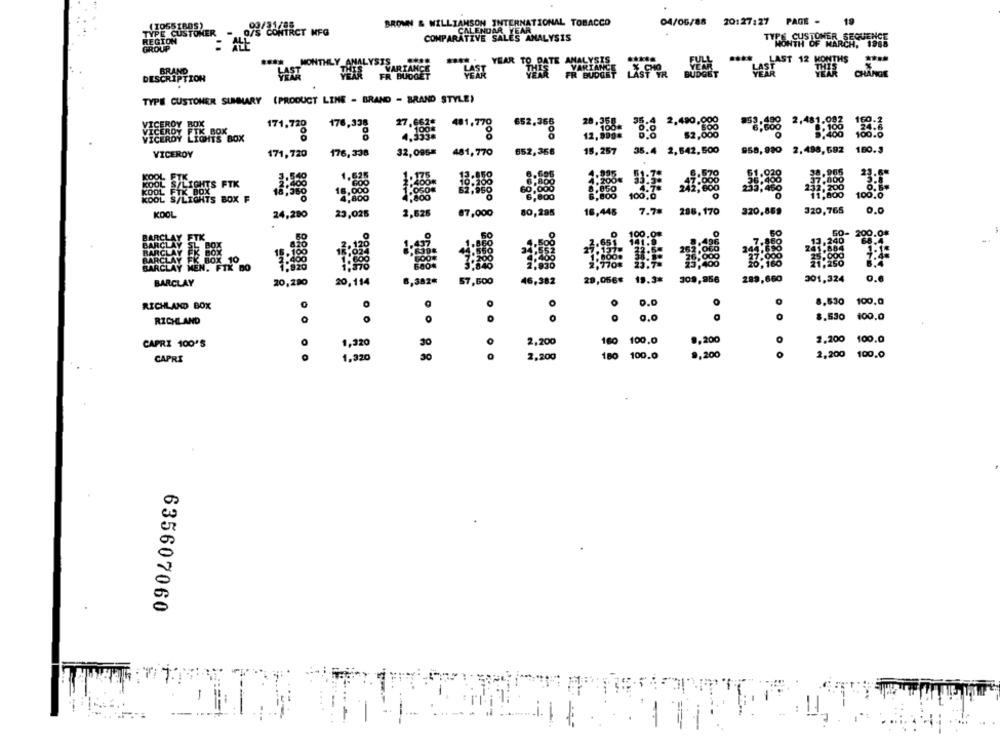
04/06/88 20:27:27
PAGE -
19
BROWN & WILLIAMSON INTERNATIONAL TOBACCO
CALENDAR YEAR
CUSTOMER
S COMTRET MFG
COMPARATIVE SALES ANALYSIS
TYPE CUSTOMER SEQUENCE
MONTH OF MARCH, 1985
....
MONTI
-
BRAND
DESCRIPTION
TYPE CUSTOMER SUMMARY (PRODUCT LINE - BRAND - BRAND STYLE)
ECEROY
176,338
27.983
481,770
652,366
“8;600 2.ª}
171,728
.333ª
2,480.888
CEROY
32,095*
481,770
852,358
15, 257
35.4 2,542. 500
958, 980 2. 498, 692
180.3
VICEROY
171,720
176,338
FTK
1.000
S/LIGHTS FTK
60,000
OL FTK BOX
18,360
18,000
6,800
100,0
11.000
DOL S/LIGHTS BOX F
4,800
7,000
7.7#
286, 170
320,869
320,765
KOOL
24,290
23,025
2,626
80,295
16,446
FTK
0.0
.100
IEN. FTK DO
289,660
0.6
BARCLAY
20,280
20,114
6,382€
57,600
46,382
29,056# 19.3#
309,956
201,324
8,530 100.0
RICHLAND BOX
0
100.0
RICHLAND
O
0,0
8.530
.200
CAPRI 100'5
1,320
30
2,200
160 100.0
2.200 100.0
9,200
CAPRI
1,320
30
2,200
180
100.0
O
2,200
100.0
635607060
-